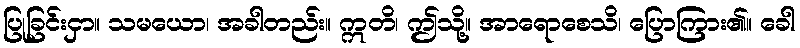
ပြုခြင်းငှာ။ သမယော၊ အခါတည်း။ ဣတိ၊ ဤသို့။ အာရောစေသိ၊ ပြောကြား၏။ ခေါ